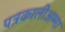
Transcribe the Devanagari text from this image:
पत्रकालीअम्मा